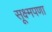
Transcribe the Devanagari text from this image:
सूक्ष्मपणा